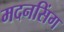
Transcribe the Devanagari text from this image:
मदनसिंग